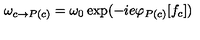
\omega _ { c \rightarrow P ( c ) } = \omega _ { 0 } \exp ( - i e \varphi _ { P ( c ) } [ f _ { c } ] )